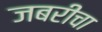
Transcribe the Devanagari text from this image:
जबरीचा